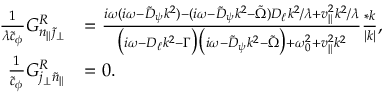
\begin{array} { r l } { \frac { 1 } { \lambda \tilde { c } _ { \phi } } G _ { n _ { \| } \tilde { \jmath } _ { \perp } } ^ { R } } & { = \frac { i \omega ( i \omega - \tilde { D } _ { \psi } k ^ { 2 } ) - ( i \omega - \tilde { D } _ { \psi } k ^ { 2 } - \tilde { \Omega } ) D _ { \ell } k ^ { 2 } / \lambda + v _ { \| } ^ { 2 } k ^ { 2 } / \lambda } { \big ( i \omega - D _ { \ell } k ^ { 2 } - \Gamma \big ) \big ( i \omega - \tilde { D } _ { \psi } k ^ { 2 } - \tilde { \Omega } \big ) + \omega _ { 0 } ^ { 2 } + v _ { \| } ^ { 2 } k ^ { 2 } } \frac { * k } { | k | } , } \\ { \frac { 1 } { \tilde { c } _ { \phi } } G _ { j _ { \perp } \tilde { n } _ { \| } } ^ { R } } & { = 0 . } \end{array}